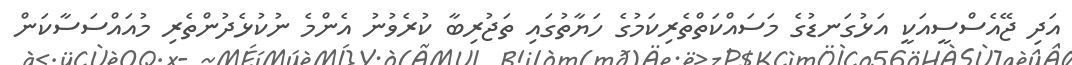
އަދި ޖޭއެސްސީއަކީ އަޅުގަނޑުގެ މަސައްކަތްތެރިކަމުގެ ހަޔާތުގައި ތަޖުރިބާ ކުރެވުނު އެންމެ ނުކުޅެދުންތެރި މުއައްސަސާކަން